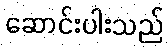
ဆောင်းပါးသည်